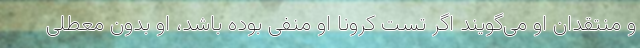
و منتقدان او می‌گویند اگر تست کرونا او منفی بوده باشد، او بدون معطلی